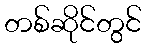
တစ်ဆိုင်တွင်